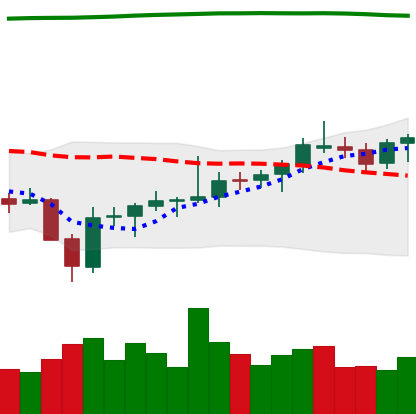
Ticker: BNB-USD
Chart end date: 2021-08-05
Forward return: 10.087%
Label: up_7plus